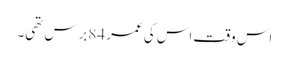
اس وقت اس کی عمر 84برس تھی۔